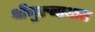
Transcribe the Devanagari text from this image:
श्रीगुरुनाथाय